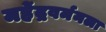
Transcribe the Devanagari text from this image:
महेंद्रवर्मनला